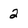
Character: 2